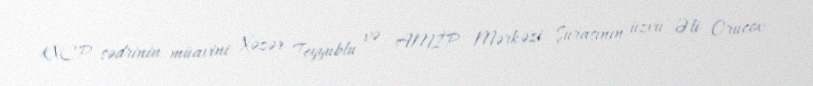
KXCP sədrinin müavini Xəzər Teyyublu və AMİP Mərkəzi Şurasının üzvü Əli Orucov